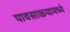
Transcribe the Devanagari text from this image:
पावसाळयामध्ये